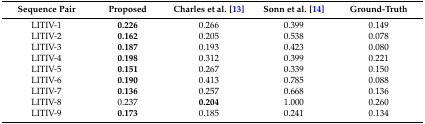
| Sequence Pair | Proposed | Charles et al. [13] | Sonn et al. [14] | Ground-Truth |
 | --- | --- | --- | --- | --- |
 | LITIV-1 | 0.226 | 0.266 | 0.399 | 0.149 |
 | LITIV-2 | 0.162 | 0.205 | 0.538 | 0.078 |
 | LITIV-3 | 0.187 | 0.193 | 0.423 | 0.080 |
 | LITIV-4 | 0.198 | 0.312 | 0.399 | 0.221 |
 | LITIV-5 | 0.151 | 0.267 | 0.339 | 0.150 |
 | LITIV-6 | 0.190 | 0.413 | 0.785 | 0.088 |
 | LITIV-7 | 0.136 | 0.257 | 0.668 | 0.136 |
 | LITIV-8 | 0.237 | 0.204 | 1.000 | 0.260 |
 | LITIV-9 | 0.173 | 0.185 | 0.241 | 0.134 |